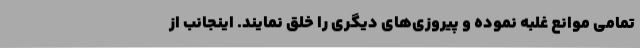
تمامی موانع غلبه نموده و پیروزی‌های دیگری را خلق نمایند. اینجانب از